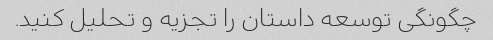
چگونگی توسعه داستان را تجزیه و تحلیل کنید.